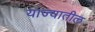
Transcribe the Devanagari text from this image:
याज्यातील